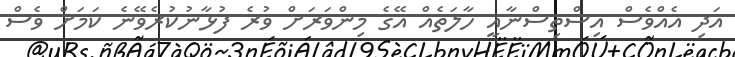
އަދި އެއްވެސް އިސްތިސްނާއީ ހާލަތެއް އޭގެ މިންވަރަށް ވުރެ ފުޅާނުކުރެވޭނެ ކަމަށް ވެސް